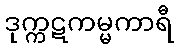
ဒုက္ကဋကမ္မကာရီ